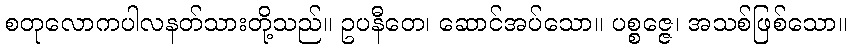
စတုလောကပါလနတ်သားတို့သည်။ ဥပနီတေ၊ ဆောင်အပ်သော။ ပစ္စဇ္ဇေ၊ အသစ်ဖြစ်သော။